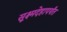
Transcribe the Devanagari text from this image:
सूक्ष्मदेहापर्यंत